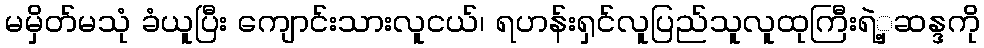
မမှိတ်မသုံ ခံယူပြီး ကျောင်းသားလူငယ်၊ ရဟန်းရှင်လူပြည်သူလူထုကြီးရဲ့ှဆန္ဒကို